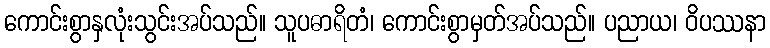
ကောင်းစွာနှလုံးသွင်းအပ်သည်။ သူပဓာရိတံ၊ ကောင်းစွာမှတ်အပ်သည်။ ပညာယ၊ ဝိပဿနာ